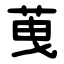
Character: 䒶